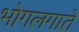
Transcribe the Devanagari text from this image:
भोगलगाते